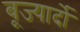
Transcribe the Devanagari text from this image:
बूज्यार्दो